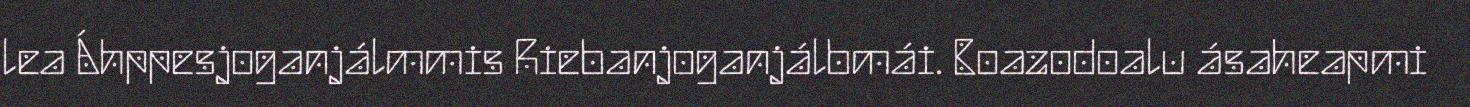
lea Áhppesjoganjálmmis Riebanjoganjálbmái. Boazodoalu ásaheapmi